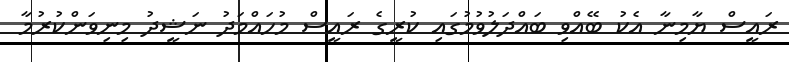
ރައީސް ޔާމިނާ އެކު ބޭއްވި ބައްދަލުވުމުގައި ކުރީގެ ރައީސް މުހައްމަދު ނަޝީދު މިނިވަންކުރުމާ